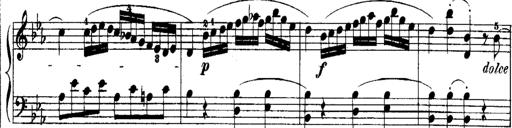
Title: Rondos and Sonatinas for Pianoforte
Composer: Daniel Steibelt